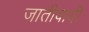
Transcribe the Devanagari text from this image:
जातीवादी